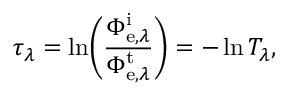
\tau _ { \lambda } = \ln \! \left( { \frac { \Phi _ { \mathrm { e } , \lambda } ^ { \mathrm { i } } } { \Phi _ { \mathrm { e } , \lambda } ^ { \mathrm { t } } } } \right) = - \ln T _ { \lambda } ,